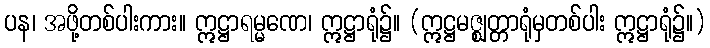
ပန၊ အဖို့တစ်ပါးကား။ ဣဋ္ဌာရမ္မဏေ၊ ဣဋ္ဌာရုံ၌။ (ဣဋ္ဌမဇ္ဈတ္တာရုံမှတစ်ပါး ဣဋ္ဌာရုံ၌။)